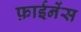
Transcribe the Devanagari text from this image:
फ़ाईनेंस